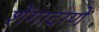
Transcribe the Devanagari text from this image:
शेंगादाणे